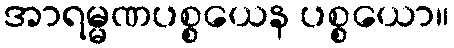
အာရမ္မဏပစ္စယေန ပစ္စယော။